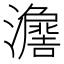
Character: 𱪃